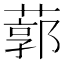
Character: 𦹐